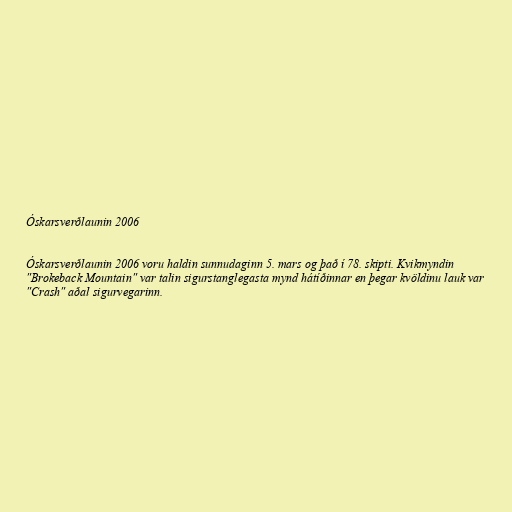
Óskarsverðlaunin 2006

Óskarsverðlaunin 2006 voru haldin sunnudaginn 5. mars og það í 78. skipti. Kvikmyndin
"Brokeback Mountain" var talin sigurstanglegasta mynd hátíðinnar en þegar kvöldinu lauk var
"Crash" aðal sigurvegarinn.